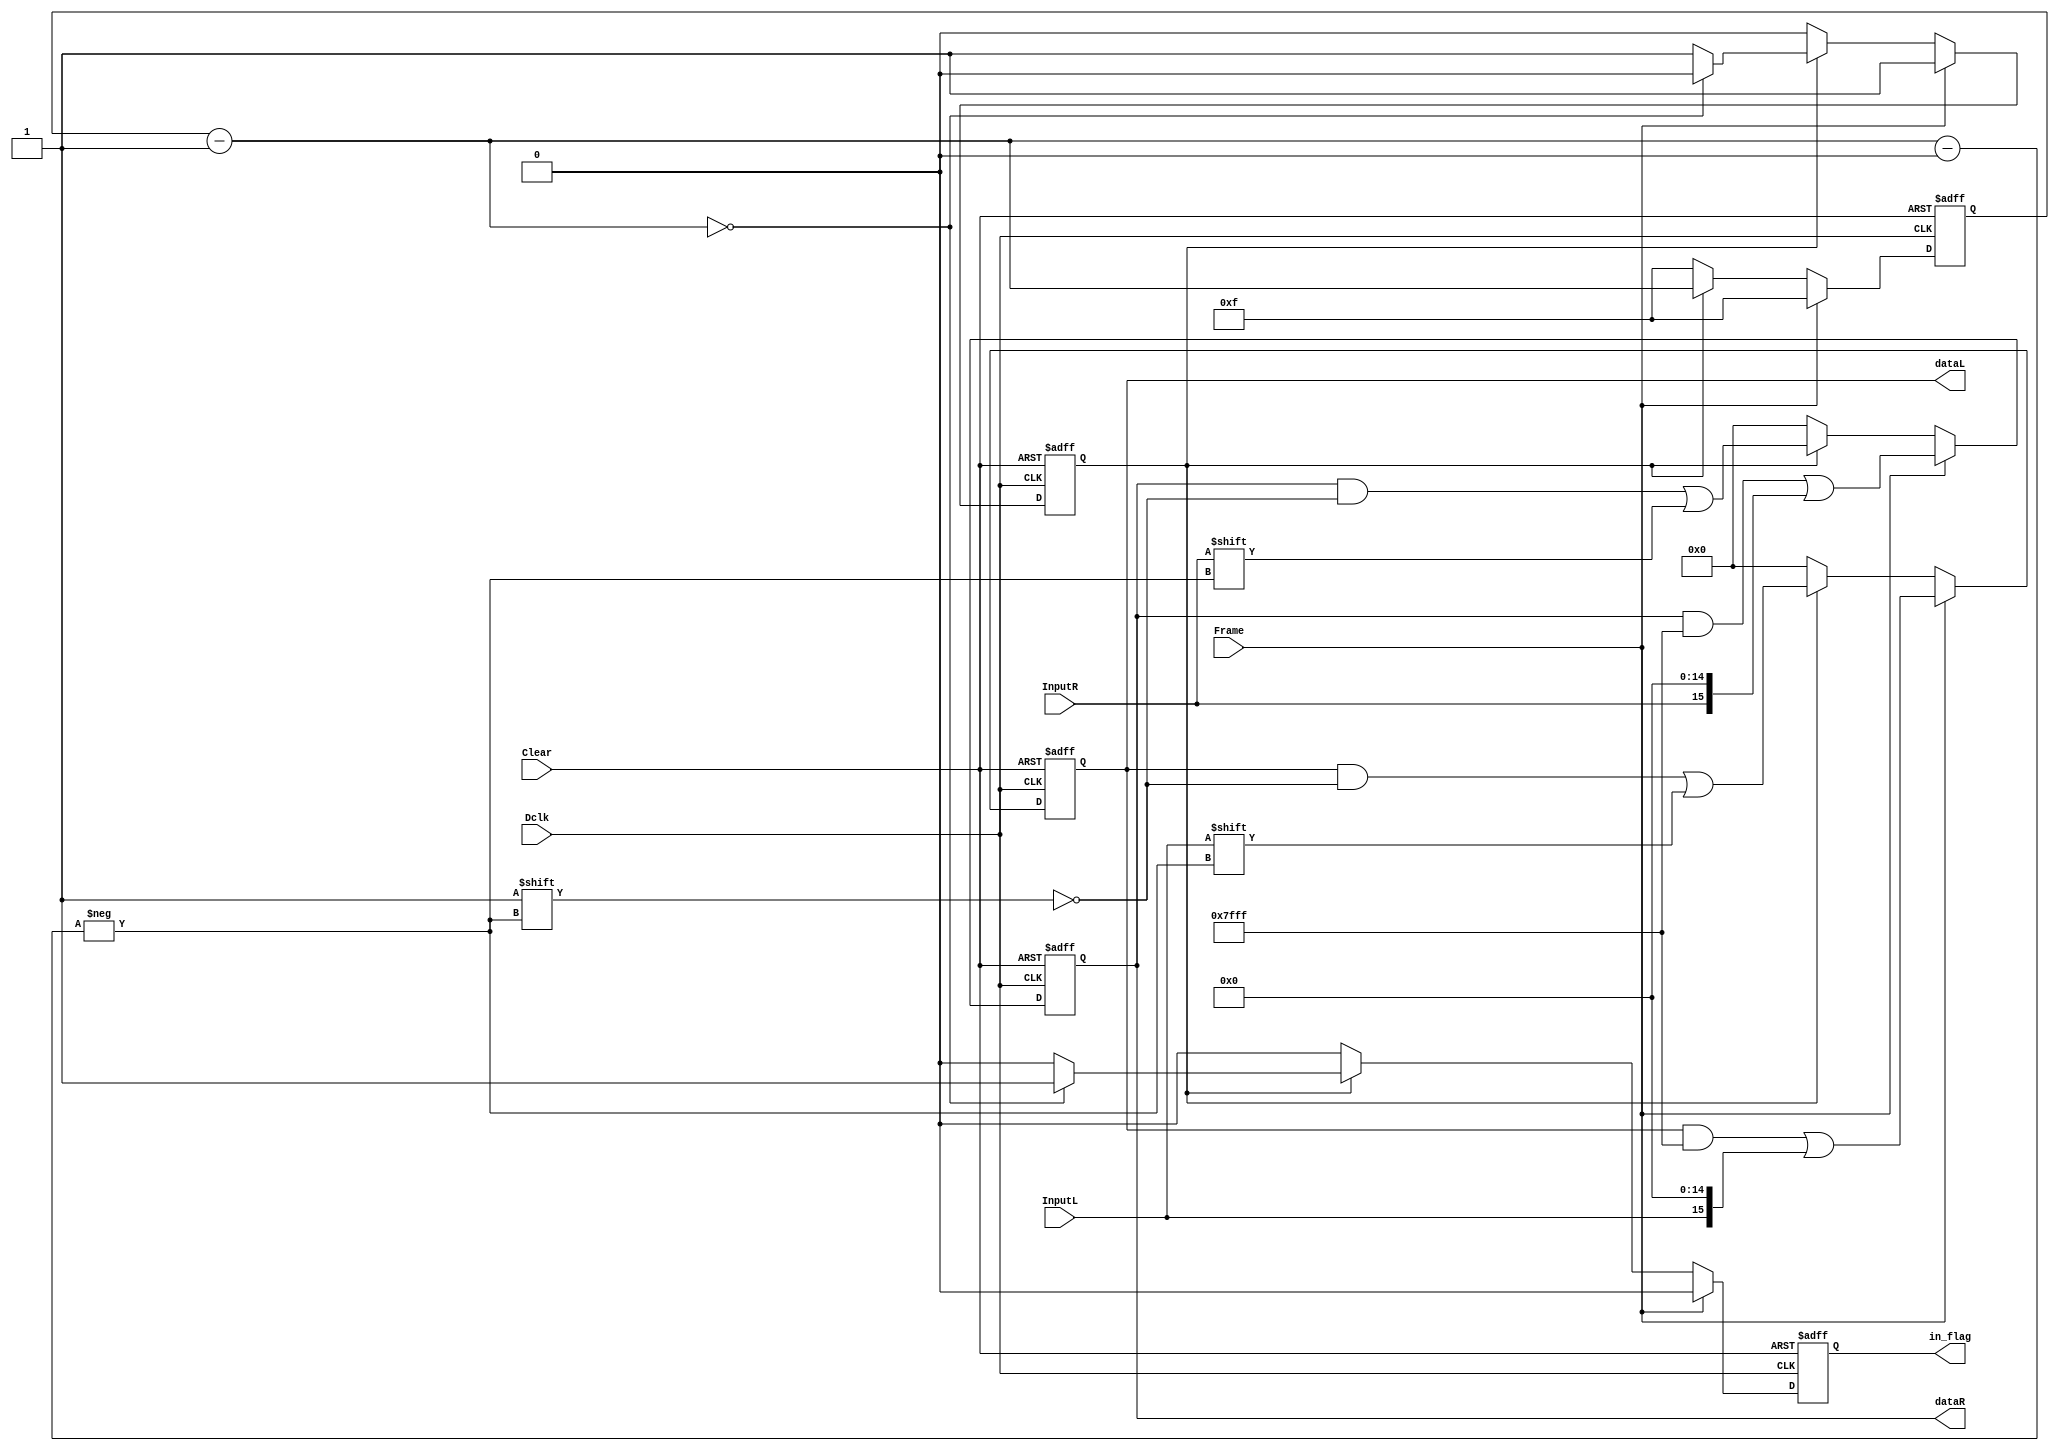
//////////////////////////////////////////////////////////////////////////////////
// Company: Zagazig University
// Engineer: 
// 
// Design Name: MSDAP
// Module Name: SPIO    
// Project Name: 
// Target Devices: 
// Tool versions: 
// Description: 
//
// Dependencies: 
//
// Revision: 
// Revision 0.01 - File Created
// Additional Comments: 
//
////////////////////////////////////////////////////////////////////////////////
module SIPO (
	input wire Frame, Dclk, Clear, InputL, InputR,
	output reg in_flag,
	output reg [15:0] dataL,
	output reg [15:0] dataR );

reg [3:0] count_bit;
reg frame_stat;

always @(negedge Dclk or posedge Clear)
   begin
     if (Clear == 1'b1)
       begin
	 count_bit = 4'd15;
	 dataL = 16'd0;
	 dataR = 16'd0;			
	 in_flag = 1'b0;
	 frame_stat = 1'b0;
       end
     else 
       begin
	 if (Frame == 1'b1)
	   begin
	     count_bit = 4'd15;
	     in_flag = 1'b0;
	     dataL [count_bit] = InputL;
	     dataR [count_bit] = InputR;
	     frame_stat = 1'b1;
	   end
         else if (frame_stat == 1'b1)
	   begin
	     count_bit = count_bit - 1'b1;
	     dataL [count_bit] = InputL;
	     dataR [count_bit] = InputR;
	   if (count_bit == 4'd0)
	     begin					
		in_flag = 1'b1;
		frame_stat = 1'b0;
	     end
	   else
	     begin
		in_flag = 1'b0;
		frame_stat = 1'b1;
	     end
	end
	  else
	  begin
	    count_bit = 4'd15;
	    dataL = 16'd0;
	    dataR = 16'd0;			
	    in_flag = 1'b0;
	    frame_stat = 1'b0;
	  end
	 end
      end
endmodule